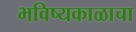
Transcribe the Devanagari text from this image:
भविष्यकाळाचा